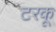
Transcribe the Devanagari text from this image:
टरकू